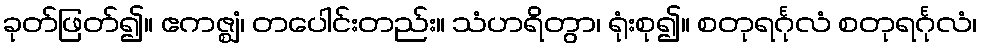
ခုတ်ဖြတ်၍။ ဧကဇ္ဈံ၊ တပေါင်းတည်း။ သံဟရိတွာ၊ ရုံးစု၍။ စတုရင်္ဂုလံ စတုရင်္ဂုလံ၊